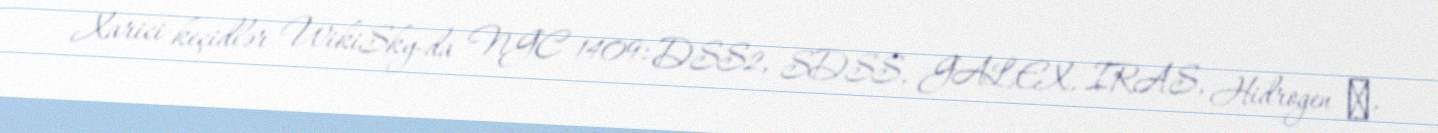
Xarici keçidlər WikiSky-da NGC 1409: DSS2, SDSS, GALEX, IRAS, Hidrogen α,